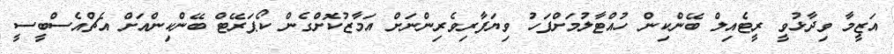
އަޒީމާ ވިދާޅުވީ ރީޓެއިލް ބޭންކިން ހުއްޓާލުމަށްފަހު ވިޔަފާރިވެރިންނަށް އަމާޒުކޮށްގެން ކޯޕަރޭޓް ބޭންކިންއަށް އެޗްއެސްބީސީ